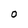
Character: O